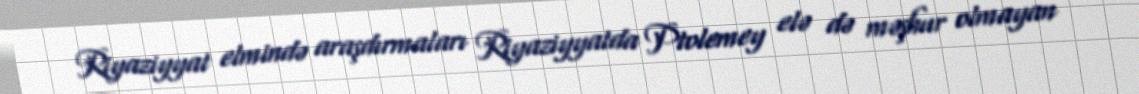
Riyaziyyat elmində araşdırmaları Riyaziyyatda Ptolemey elə də məşhur olmayan